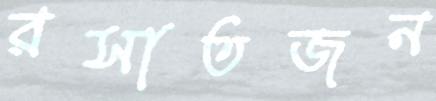
রসাতজন